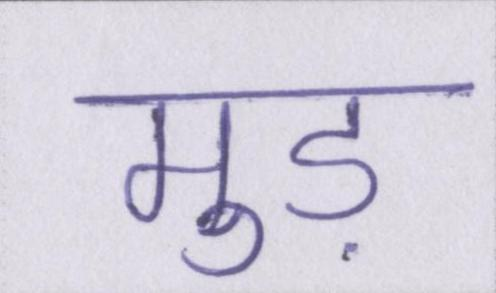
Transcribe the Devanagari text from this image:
मुड़